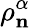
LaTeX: \rho_{\mathbf{n}}^{\alpha}